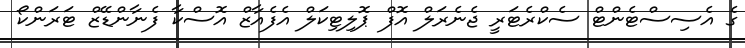
ގެ އެސިސްޓެންޓް ސެކްރެޓަރީ ޖެނެރަލް އޮފް ޕޮލިޓިކަލް އެފެއާޒް އޮސްކާ ފެނާންޑޭޒް ޓަރަންކޯ